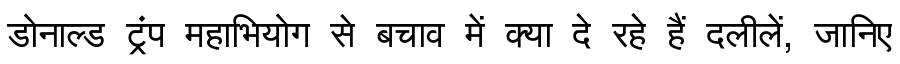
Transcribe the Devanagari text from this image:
डोनाल्ड ट्रंप महाभियोग से बचाव में क्या दे रहे हैं दलीलें, जानिए